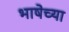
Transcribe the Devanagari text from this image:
भाषेच्‍या